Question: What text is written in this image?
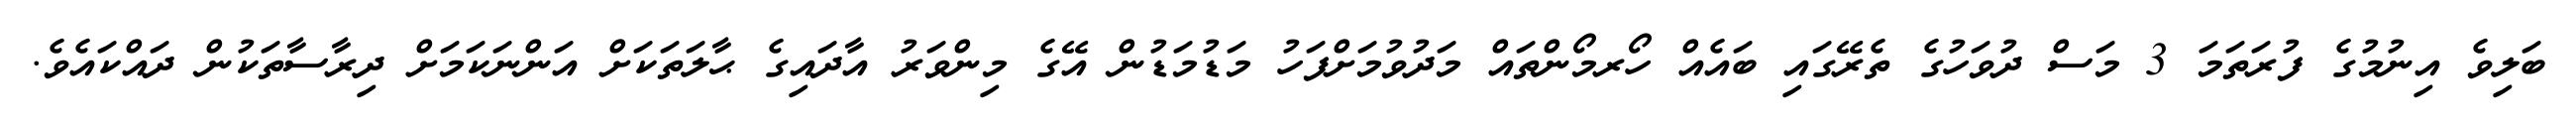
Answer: ބަލިވެ އިނުމުގެ ފުރަތަމަ 3 މަސް ދުވަހުގެ ތެރޭގައި ބައެއް ހޯރމޯންތައް މަދުވުމަށްފަހު މަޑުމަޑުން އޭގެ މިންވަރު އާދައިގެ ޙާލަތަކަށް އަންނަކަމަށް ދިރާސާތަކުން ދައްކައެވެ.